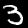
Label: 3